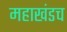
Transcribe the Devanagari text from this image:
महाखंडच